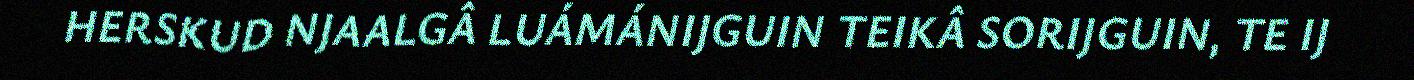
HERSKUD NJAALGÂ LUÁMÁNIJGUIN TEIKÂ SORIJGUIN, TE IJ